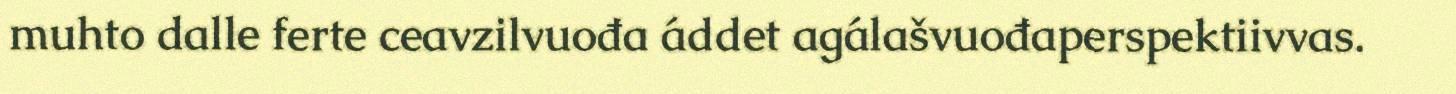
muhto dalle ferte ceavzilvuođa áddet agálašvuođaperspektiivvas.